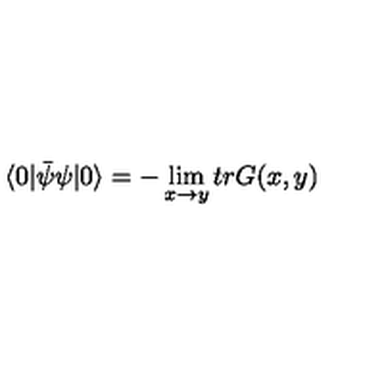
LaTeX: \langle 0 | { \bar { \psi } } \psi | 0 \rangle = - \lim _ { x \rightarrow y } t r G ( x , y )